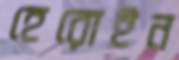
হেরোইন